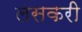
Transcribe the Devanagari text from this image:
लसकरी